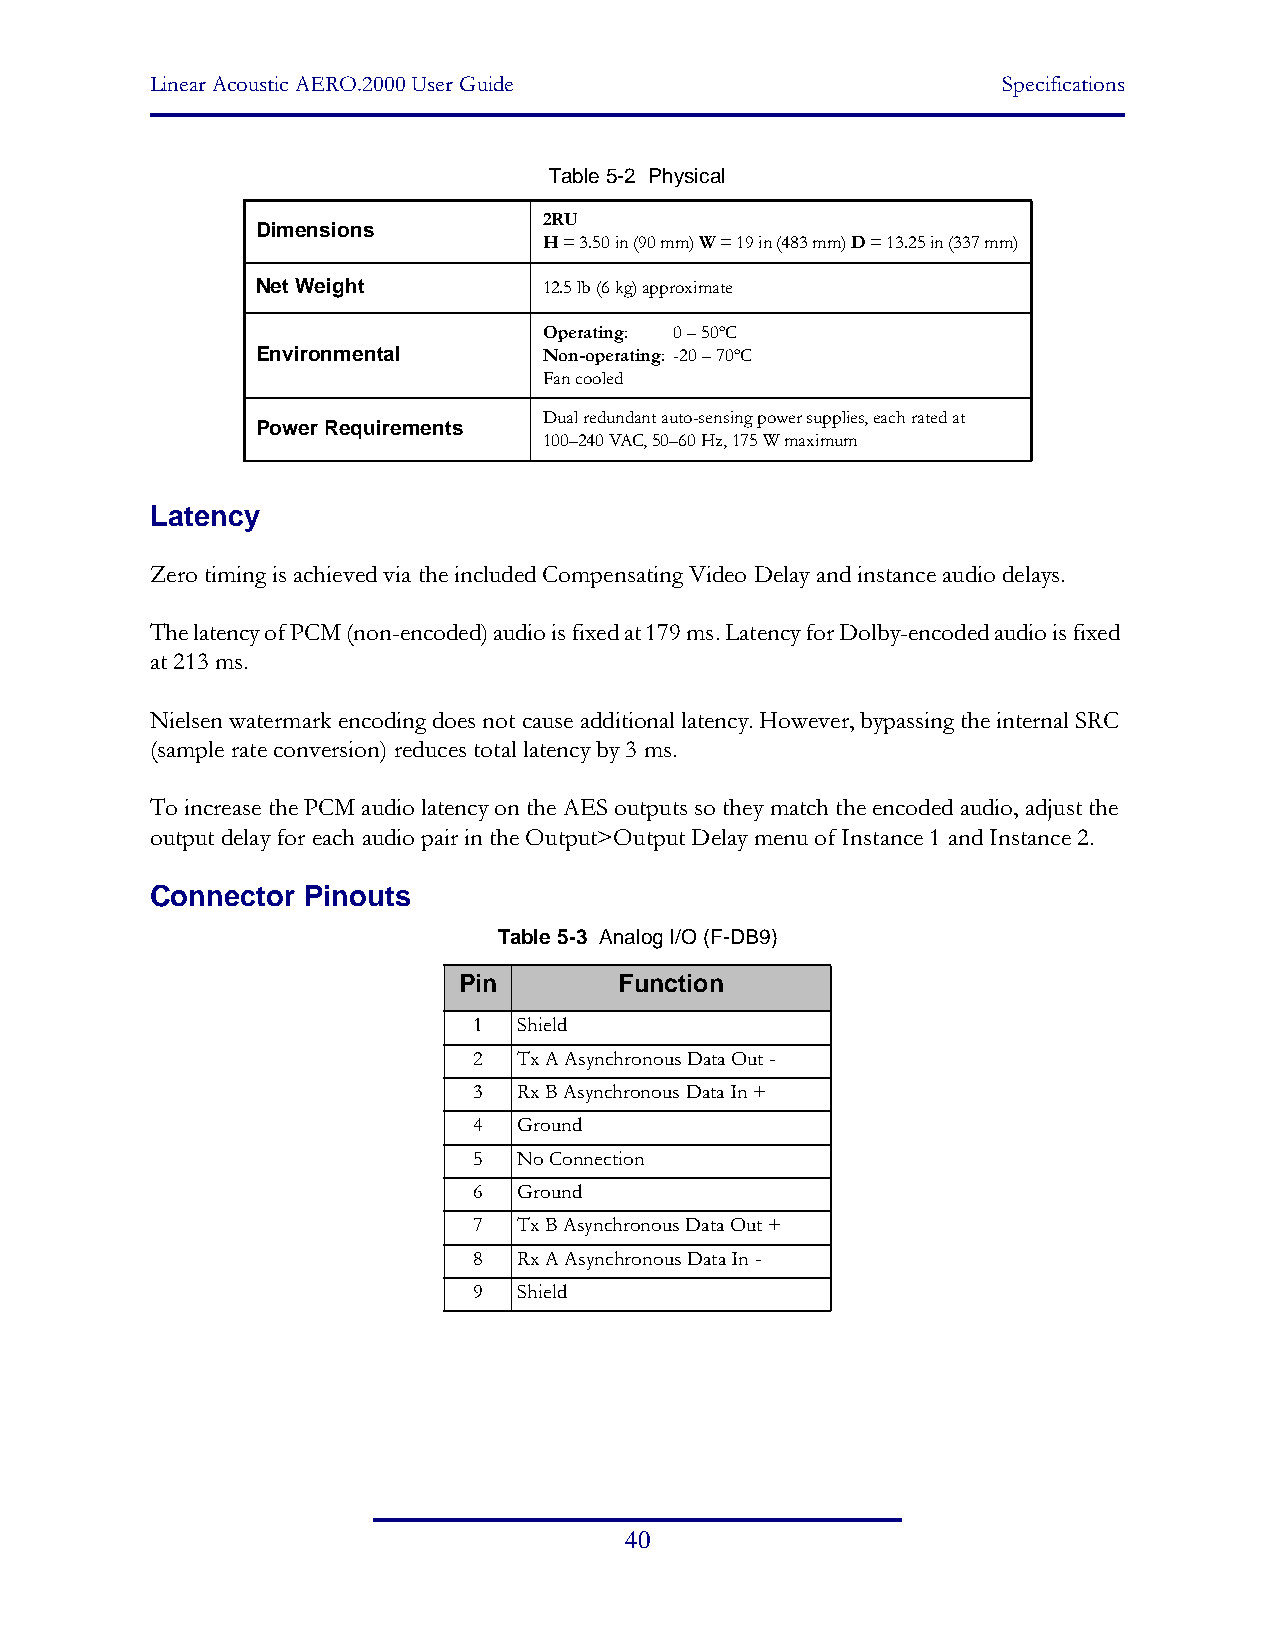
Linear Acoustic AERO.2000 User Guide                    Specifications
 Table 5-2 Physical
 2RU
 Dimensions
 H = 3.50 in (90 mm) W = 19 in (483 mm) D = 13.25 in (337 mm)
 Net Weight         12.5 lb (6 kg) approximate
 Operating: 0 – 50ºC
 Environmental      Non-operating: -20 – 70ºC
 Fan cooled
 Dual redundant auto-sensing power supplies, each rated at
 Power Requirements
 100–240 VAC, 50–60 Hz, 175 W maximum
 Latency
 Zero timing is achieved via the included Compensating Video Delay and instance audio delays.
 The latency of PCM (non-encoded) audio is fixed at 179 ms. Latency for Dolby-encoded audio is fixed
 at 213 ms.
 Nielsen watermark encoding does not cause additional latency. However, bypassing the internal SRC
 (sample rate conversion) reduces total latency by 3 ms.
 To increase the PCM audio latency on the AES outputs so they match the encoded audio, adjust the
 output delay for each audio pair in the Output>Output Delay menu of Instance 1 and Instance 2.
 Connector Pinouts
 Table 5-3 Analog I/O (F-DB9)
 Pin        Function
 1  Shield
 2  Tx A Asynchronous Data Out -
 3  Rx B Asynchronous Data In +
 4  Ground
 5  No Connection
 6  Ground
 7  Tx B Asynchronous Data Out +
 8  Rx A Asynchronous Data In -
 9  Shield
 40